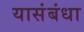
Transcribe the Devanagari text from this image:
यासंबंधा